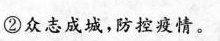
②众志成城，防控疫情。